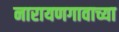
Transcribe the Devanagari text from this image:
नारायणगावाच्या